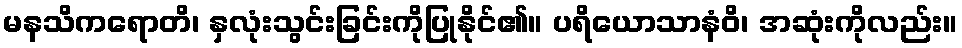
မနသိကရောတိ၊ နှလုံးသွင်းခြင်းကိုပြုနိုင်၏။ ပရိယောသာနံဝိ၊ အဆုံးကိုလည်း။